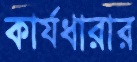
কার্যধারার